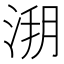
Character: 𣷥